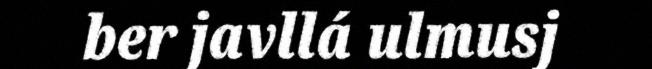
ber javllá ulmusj